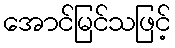
အောင်မြင်သဖြင့်